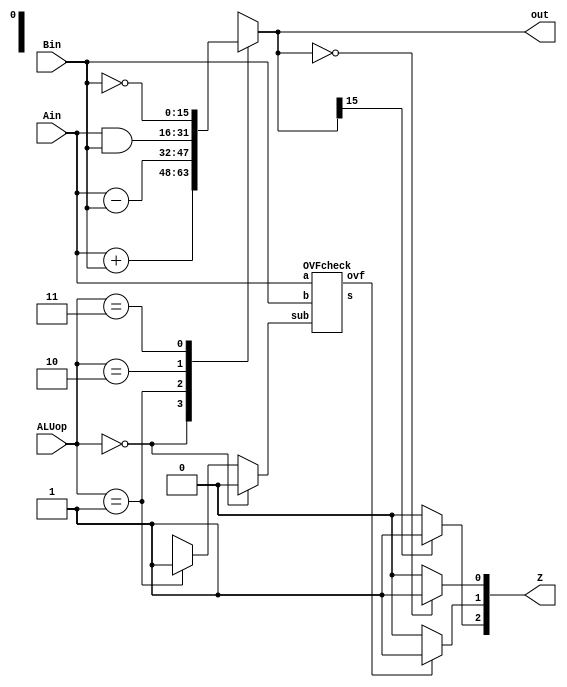
module ALU(Ain,Bin,ALUop,out,Z); //module for the ALU unit. 
    input [15:0] Ain, Bin;
    input [1:0] ALUop;
    output [15:0] out;
    output reg [2:0] Z;

    reg [15:0] out;
    

    reg sub;
    wire [15:0] s;
    wire ovf;

    always@(*) begin
        if(ALUop==2'b00) 
            sub = 1'b0;
        else if(ALUop==2'b01) 
            sub = 1'b1;
        else
            sub = 1'bx;
    end
        
    OVFcheck check(Ain,Bin,sub,s,ovf);

    always@(*) begin
        case(ALUop) //This case statement determines the output based on what operation the ALUop suggests. 
            2'b00: out = Ain + Bin;
            2'b01: out = Ain - Bin;
            2'b10: out = Ain & Bin;
            2'b11: out = ~Bin;
            default: out = 2'bxx;
        endcase
    end

    always@(*) begin

        if(out==16'b0000000000000000) begin //THe case when the output is 0, set Z as 1, else set Z as 0.
            Z[0] = 1'b1;
        end
        else begin
            Z[0] = 1'b0;
        end
    end

    always@(*) begin

        if(out[15]==1'b1) begin
            Z[2] = 1'b1;
        end
        else begin
            Z[2] = 1'b0;
        end
    end

    always@(*) begin

        if(ovf==1'b1) begin
            Z[1] = 1'b1;
        end
        else begin
            Z[1] = 1'b0;
        end
    end
    
endmodule

module OVFcheck(a,b,sub,s,ovf);
    parameter n = 16;
    input [n-1:0] a,b;
    input sub;
    output [n-1:0] s;
    output ovf;

    wire c1,c2;
    assign ovf = c1 ^ c2;

    Adder1 #(n-1) ai(a[n-2:0],b[n-2:0]^{n-1{sub}},sub,c1,s[n-2:0]);
    Adder1 #(1) as(a[n-1],b[n-1]^sub,c1,c2,s[n-1]);
endmodule

module Adder1(a,b,cin,cout,s);
    parameter n = 16;
    input [n-1:0] a,b;
    input cin;
    output [n-1:0] s;
    output cout;
    wire [n-1:0] s;
    wire cout;

    assign {cout,s} = a + b + cin;
endmodule